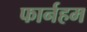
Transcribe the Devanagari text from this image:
फार्नहम